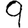
Digit: 9